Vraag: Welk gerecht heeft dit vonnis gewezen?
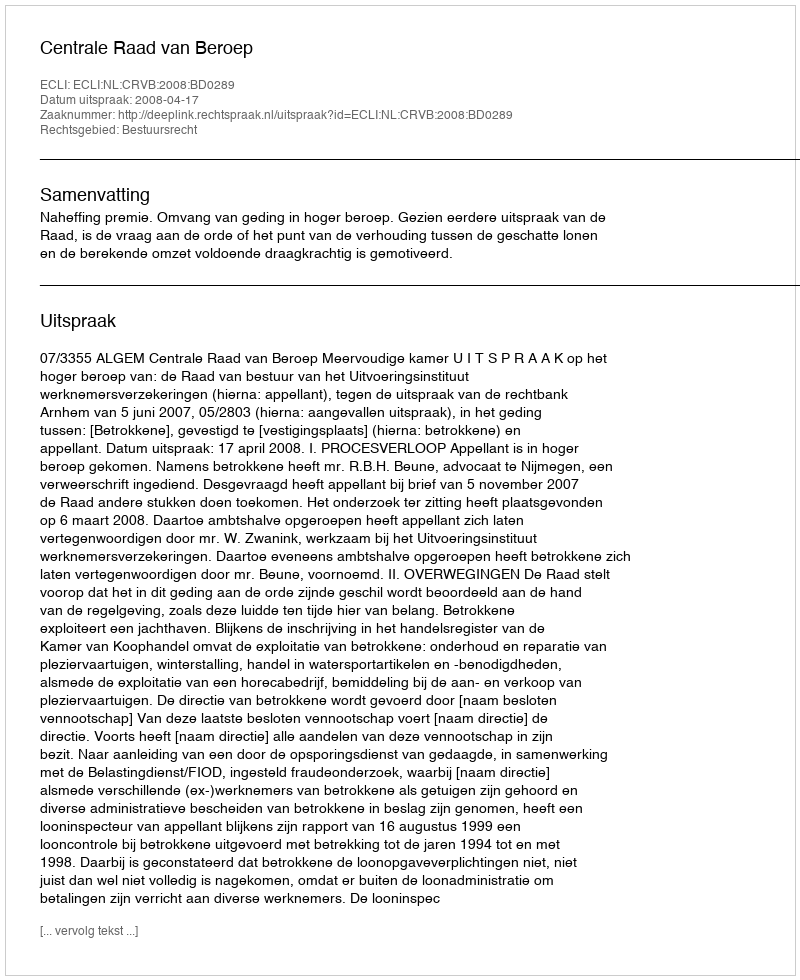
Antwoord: Centrale Raad van Beroep